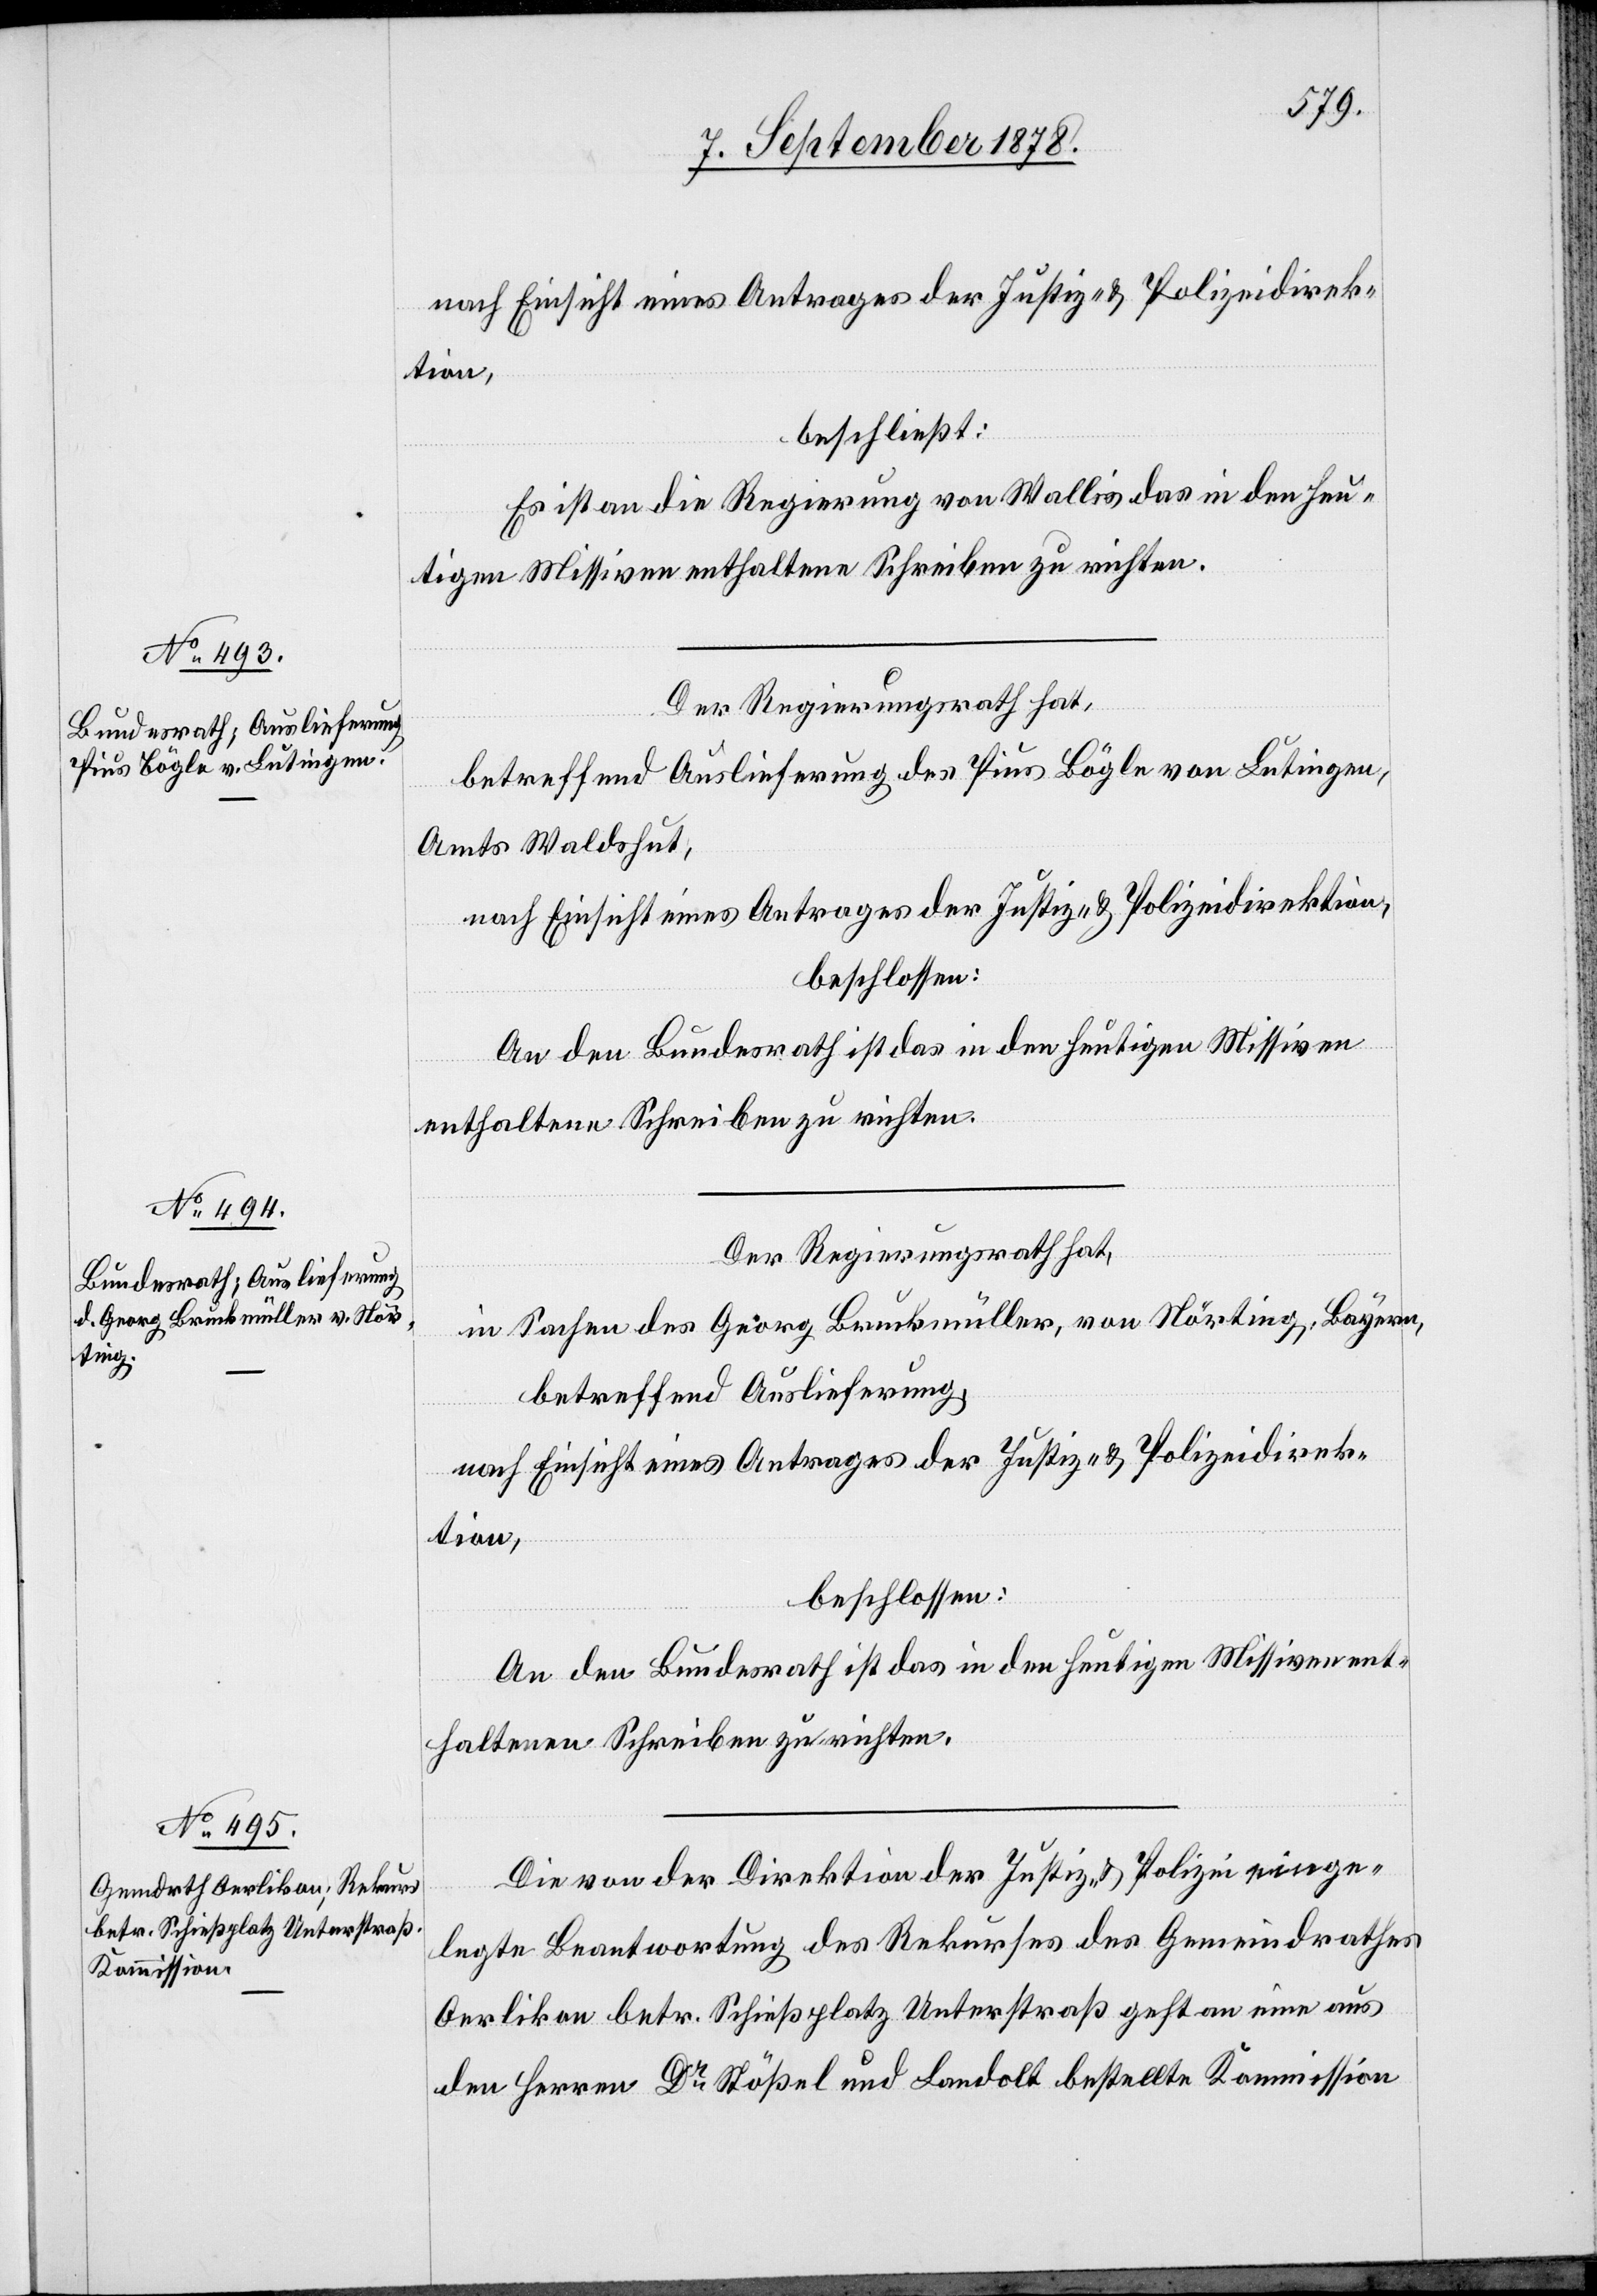
beschließt:
Es ist an die Regierung von Wallis das in den heu¬
tigen Missiven enthaltene Schreiben zu richten.
Der Regierungsrath hat,
betreffend Auslieferung des Pius Bögle von Lutingen,
Amts Waldshut,
nach Einsicht eines Antrages der Justiz- & Polizeidirektion,
beschlossen:
An den Bundesrath ist das in den heutigen Missiven
enthaltene Schreiben zu richten.
Der Regierungsrath hat,
in Sachen des Georg Bruckmüller, von Nörting, Bayern,
betreffend Auslieferung,
Die von der Direktion der Justiz & Polizei einge¬
legte Beantwortung des Rekurses des Gemeindrathes
Oerlikon betr. Schießplatz Unterstraß geht an eine aus
den Herren Dr Stößel und Landolt bestellte Kommission